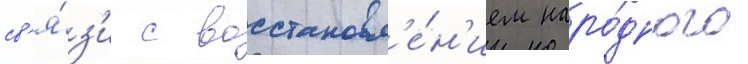
св'я́з'и с восстановл'е́н'ием наро́дного